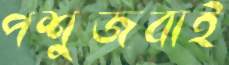
পশুজবাই